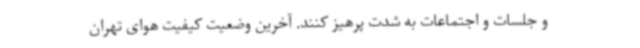
و جلسات و اجتماعات به شدت پرهیز کنند. آخرین وضعیت کیفیت هوای تهران